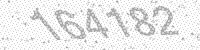
Solution: 164182